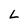
Character: L